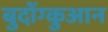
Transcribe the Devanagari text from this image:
बुदोंग्कुआन